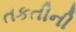
તકતીની